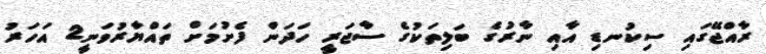
ރާއްޖޭގައި ސިކުނޑި އާއި ނާރުގެ ބަލިތަކުގެ ސާޖަރީ ހަދަން ފެށުމަށް ތައްޔާރުވަނީ2 އަހަރު